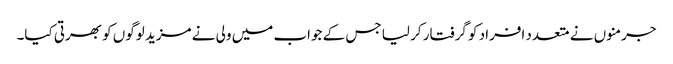
جرمنوں نے متعدد افراد کو گرفتار کر لیا جس کے جواب میں ولی نے مزید لوگوں کو بھرتی کیا۔